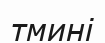
тмині